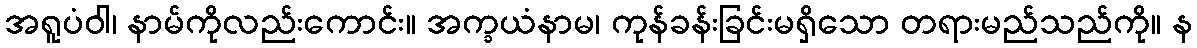
အရူပံဝါ၊ နာမ်ကိုလည်းကောင်း။ အက္ခယံနာမ၊ ကုန်ခန်းခြင်းမရှိသော တရားမည်သည်ကို။ န